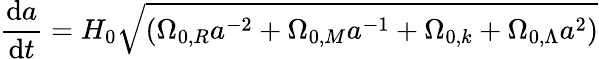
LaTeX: {\frac{\mathrm{d}a}{\mathrm{d}t}}=H_{0}{\sqrt{(\Omega_{0,R}a^{-2}+\Omega_{0,M}a^{-1}+\Omega_{0,k}+\Omega_{0,\Lambda}a^{2})}}